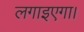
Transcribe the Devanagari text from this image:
लगाइएगा।